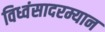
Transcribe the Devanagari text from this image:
विध्वंसादरम्यान